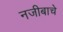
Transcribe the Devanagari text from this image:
नजीबाचे